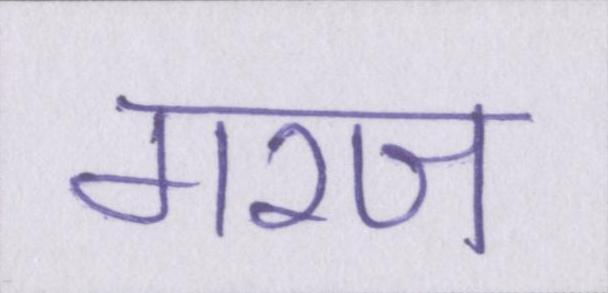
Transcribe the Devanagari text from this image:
गरज